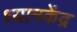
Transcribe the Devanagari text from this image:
ध्यानकेंद्र